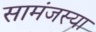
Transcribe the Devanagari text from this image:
सामंजस्या